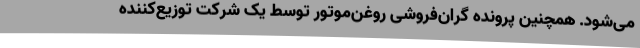
می‌شود. همچنین پرونده گران‌فروشی روغن‌موتور توسط یک شرکت توزیع‌کننده